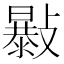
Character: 𣀛